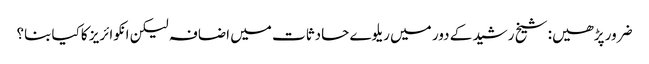
ضرور پڑھیں: شیخ رشید کے دور میں ریلوے حادثات میں اضافہ لیکن انکوائریز کاکیا بنا؟